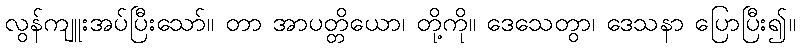
လွန်ကျူးအပ်ပြီးသော်။ တာ အာပတ္တိယော၊ တို့ကို။ ဒေသေတွာ၊ ဒေသနာ ပြောပြီး၍။